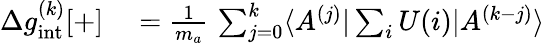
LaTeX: \begin{array}{rl}{\Delta g_{\mathrm{int}}^{(k)}[+]}&{{}=\frac{1}{m_{a}}\, \sum_{j=0}^{k}\langle A^{(j)}|\sum_{i}U(i)|A^{(k-j)}\rangle}\end{array}